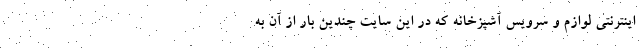
اینترنتی لوازم و سرویس آشپزخانه که در این سایت چندین بار از آن به